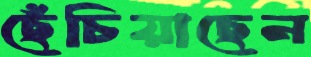
ছেঁচিয়াছেন